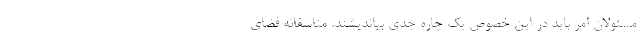
مسئولان امر باید در این خصوص یک چاره جدی بیاندیشند. متاسفانه فضای